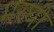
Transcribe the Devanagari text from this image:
मरघी